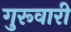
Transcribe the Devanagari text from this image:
गुरूवारी